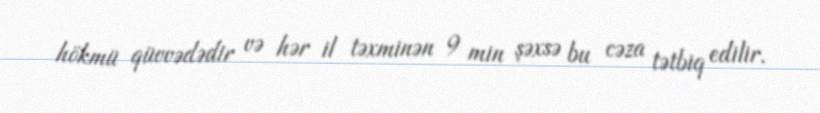
hökmü qüvvədədir və hər il təxminən 9 min şəxsə bu cəza tətbiq edilir.